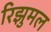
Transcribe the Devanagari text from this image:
रिझुमल